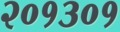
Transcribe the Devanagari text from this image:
२०१३०१